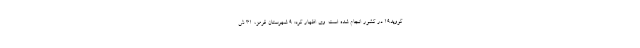
کووید۱۹ در کشور انجام شده است. وی اظهار کرد: ۹ شهرستان قرمز، ۳۱ ش